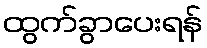
ထွက်ခွာပေးရန်